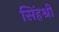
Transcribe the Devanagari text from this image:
सिंहश्री